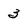
Character: 3